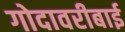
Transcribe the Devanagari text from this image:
गोदावरीबाई